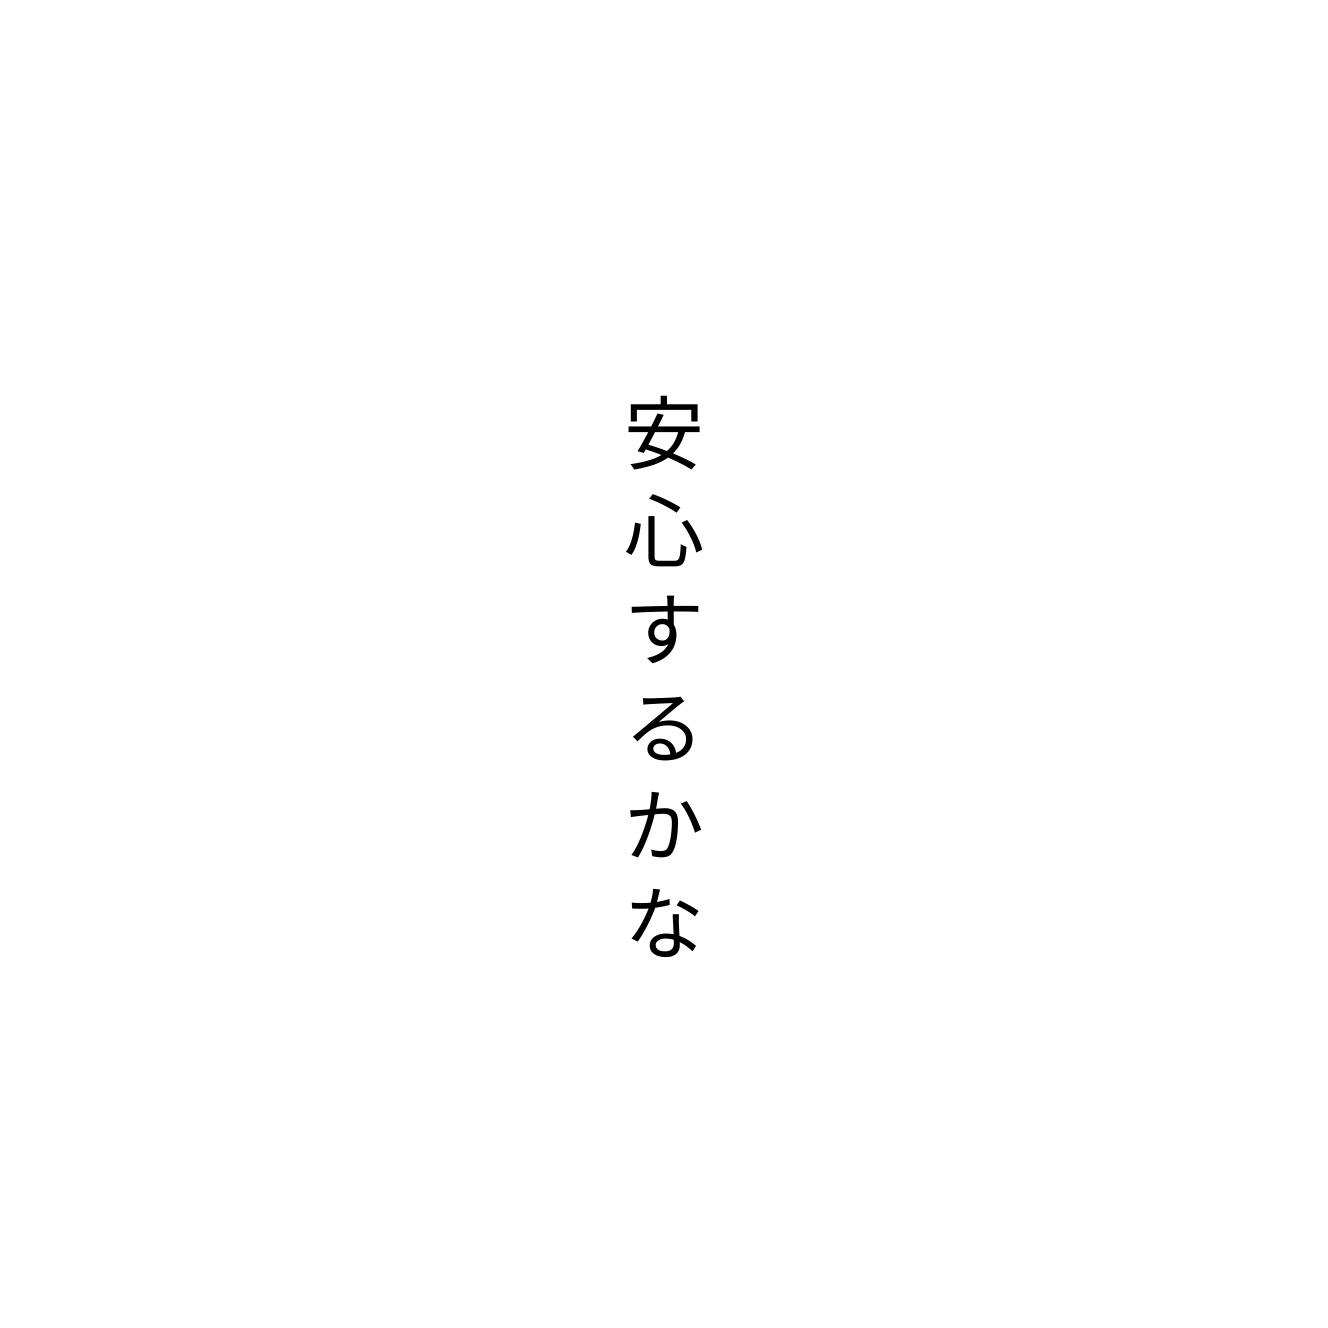
安心するかな